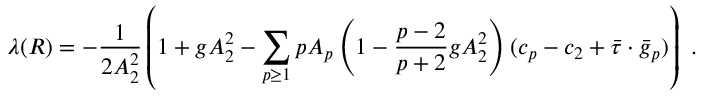
\lambda ( R ) = - { \frac { 1 } { 2 A _ { 2 } ^ { 2 } } } \left( 1 + g A _ { 2 } ^ { 2 } - \sum _ { p \ge 1 } p A _ { p } \left( 1 - { \frac { p - 2 } { p + 2 } } g A _ { 2 } ^ { 2 } \right) ( c _ { p } - c _ { 2 } + \bar { \tau } \cdot \bar { g } _ { p } ) \right) \ .